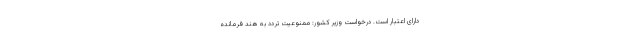
دارای اعتبار است. درخواست وزیر کشور: ممنوعیت تردد به هند فرمانده